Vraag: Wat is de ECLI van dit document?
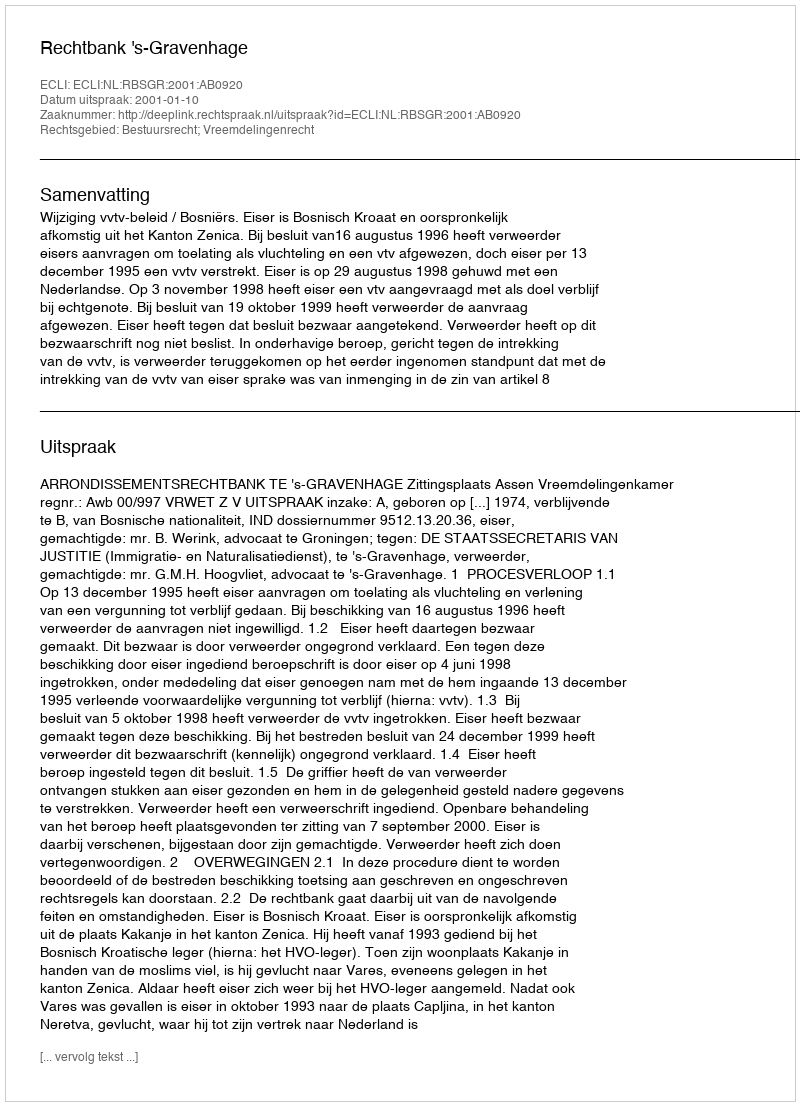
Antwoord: ECLI:NL:RBSGR:2001:AB0920